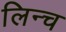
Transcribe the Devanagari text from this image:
लिन्च